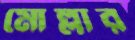
মোল্লার